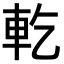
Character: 𨊰